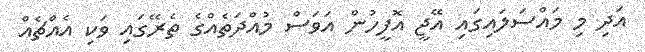
އަދި މި މައްސަލައިގައި އޭޖީ އޮފީހުން އަަވަސް މުއްދަތެއްގެ ތެރޭގައި ވަކި އެއްޗެއް